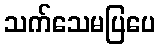
သက်သေမပြပေ